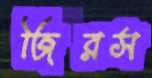
জিরস